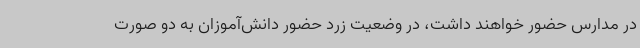
در مدارس حضور خواهند داشت، در وضعیت زرد حضور دانش‌آموزان به دو صورت